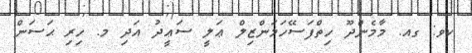
ކވ: ގއ. މާމެންދޫ ހިތްފަސޭހަމަންޒިލް ޢަލީ ސަޢީދު އަދި މ. ހިރި ޙަސަން